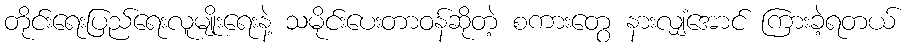
တိုင်းရေးပြည်ရေးလူမျိုးရေးနဲ့ သမိုင်းပေးတာဝန်ဆိုတဲ့ စကားတွေ နားလျှံအောင် ကြားခဲ့ရတယ်